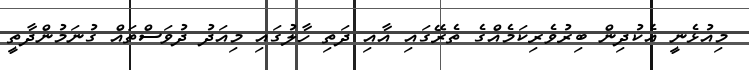
މިއުޅެނީ އެކުދިން ބިރުވެރިކަމެއްގެ ތެރޭގައި އާއި ދަތި ހާލުގައި މިއަދު ދުވަސްތައް ގުނަމުންދާތީ